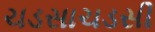
ચડસાચડસી